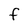
Character: F